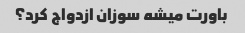
باورت میشه سوزان ازدواج کرد؟